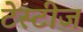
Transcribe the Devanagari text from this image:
टेस्टीज